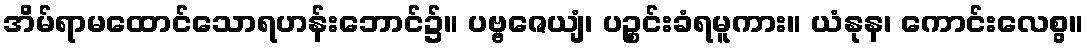
အိမ်ရာမထောင်သောရဟန်းဘောင်၌။ ပဗ္ဗဇေယျံ၊ ပဉ္စင်းခံရမူကား။ ယံနုန၊ ကောင်းလေစွ။